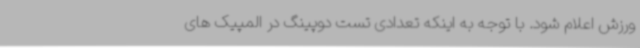
ورزش اعلام شود. با توجه به اینکه تعدادی تست دوپینگ در المپیک های